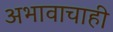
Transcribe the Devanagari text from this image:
अभावाचाही